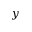
y